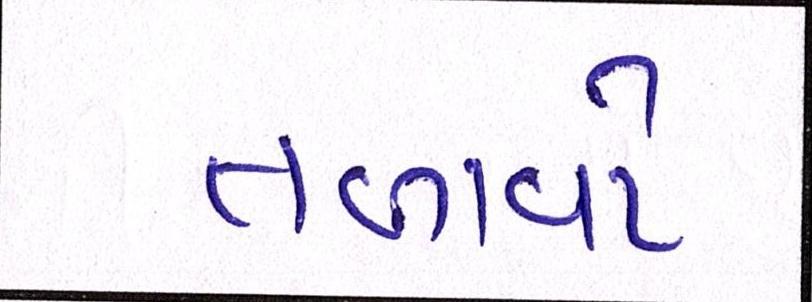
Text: તળાવો